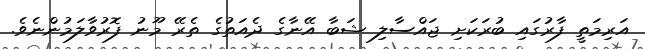
އަރިމަތީ ފާރުގައި ބުރަކަށި ޖައްސާލި ޝަބާ އޭނާގެ ދެއަތުގެ ތެރޭ މޫނު ފޮރުވާލަމުންނެވެ.